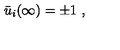
\bar { u } _ { i } ( \infty ) = \pm 1 \ ,